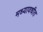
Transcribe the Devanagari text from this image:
मध्यावधीत